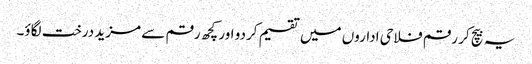
یہ بیچ کر رقم فلاحی اداروں میں تقسیم کردو اور کچھ رقم سے مزید درخت لگاؤ۔